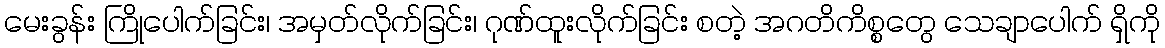
မေးခွန်း ကြိုပေါက်ခြင်း၊ အမှတ်လိုက်ခြင်း၊ ဂုဏ်ထူးလိုက်ခြင်း စတဲ့ အဂတိကိစ္စတွေ သေချာပေါက် ရှိကို